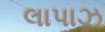
લાપાઝ